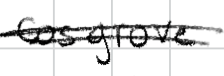
Text: Cosgrove
Cross-out: double-line
Writing tool: digital_black